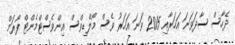
ދެހާސް ސާދަވަނަ އަހަރާއި 2015 ވަނަ އަހަރު ވެސް މޯލްޑިވްސް އިންވެސްޓްމެންޓް ފޯރަމް